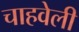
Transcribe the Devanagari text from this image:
चाहवेली